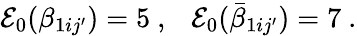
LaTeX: {\cal E}_{0}(\beta_{1ij^{\prime}})=5~,~~~{\cal E}_{0}(\bar{\beta}_{1ij^{\prime}})=7~.